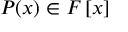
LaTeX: P ( x ) \in F \left[ x \right]